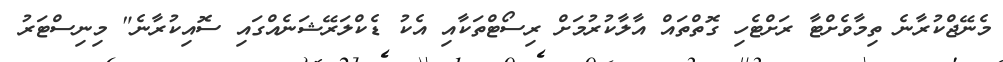
މެނޭޖްކުރާނެ ތިމާވެށްޓާ ރަށްޓެހި ގޮތްތައް އާލާކުރުމަށް ރިސޯޓްތަކާއި އެކު ޑެކްލަރޭޝަނެއްގައި ސޮއިކުރާނެ" މިނިސްޓަރު